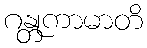
ဂန္တုကာမာတိ